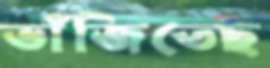
ভাঁজিতেছ